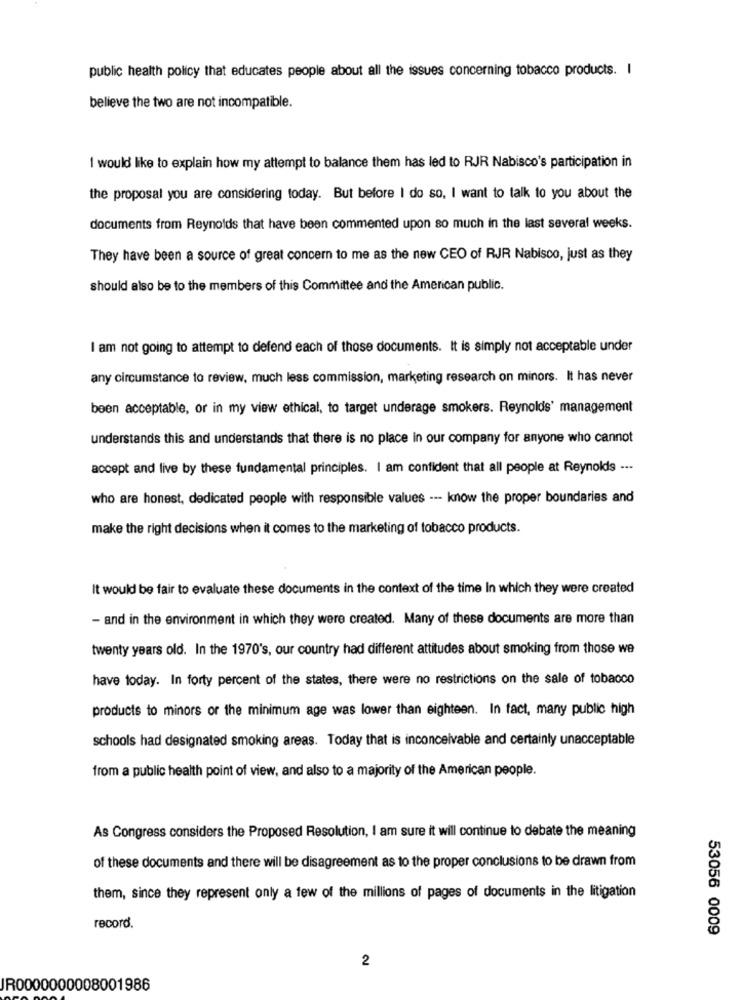
public health policy that educates people about all the issues concerning tobacco products. I
believe the two are not incompatible.
I would like to explain how my attempt to balance them has led to RJR Nabisco's participation in
the proposal you are considering today. But before I do so, I want to talk to you about the
documents from Reynolds that have been commented upon so much in the last several weeks.
They have been a source of great concern to me as the new CEO of RJR Nabisco, just as they
should also be to the members of this Committee and the American public.
I am not going to attempt to defend each of those documents. It is simply not acceptable under
any circumstance to review, much less commission, marketing research on minors. It has never
been acceptable, or in my view ethical, to target underage smokers. Reynolds' management
understands this and understands that there is no place in our company for anyone who cannot
accept and live by these fundamental principles. I am confident that all people at Reynolds ---
who are honest, dedicated people with responsible values --- know the proper boundaries and
make the right decisions when it comes to the marketing of tobacco products.
It would be fair to evaluate these documents in the context of the time In which they were created
- and in the environment in which they were created. Many of these documents are more than
twenty years old. In the 1970's, our country had different attitudes about smoking from those we
have today. In forty percent of the states, there were no restrictions on the sale of tobacco
products to minors or the minimum age was lower than eighteen. In fact, many public high
schools had designated smoking areas. Today that is inconceivable and certainly unacceptable
from a public health point of view, and also to a majority of the American people.
As Congress considers the Proposed Resolution, I am sure it will continue to debate the meaning
of these documents and there will be disagreement as to the proper conclusions to be drawn from
them, since they represent only a few of the millions of pages of documents in the litigation
record.
53056 0009
2
JR0000000008001986